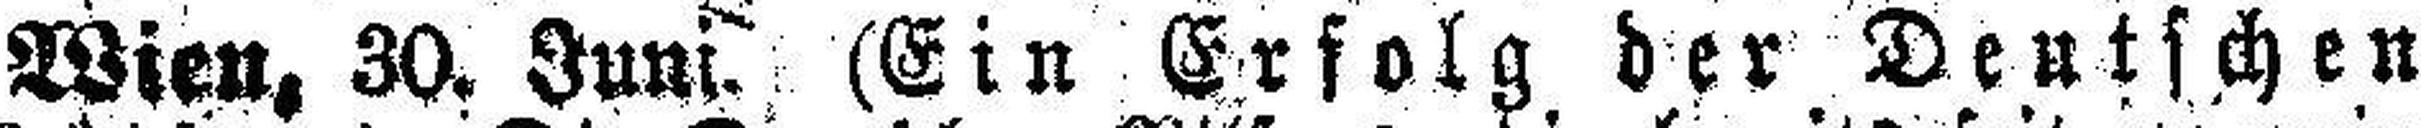
Wien, 30. Juni. (Ein Erfolg der Deutschen